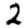
Digit: 2